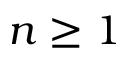
n \ge 1